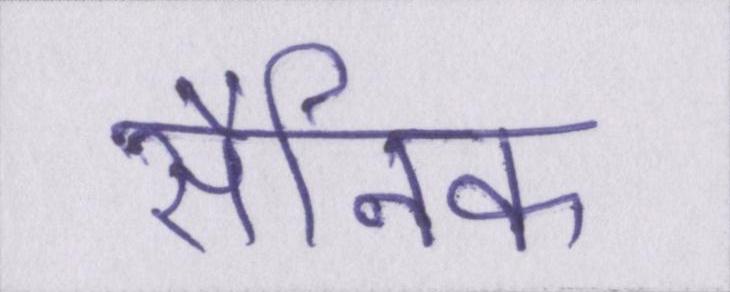
सैनिक